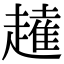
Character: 𧽭